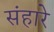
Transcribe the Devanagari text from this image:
संहारे